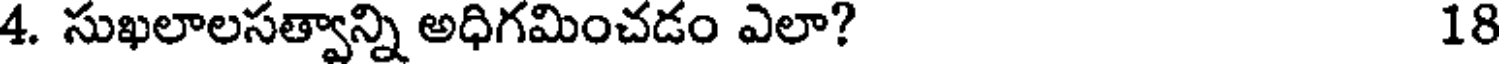
4. సుఖలాలసత్వాన్ని అధిగమించడం ఎలా? 18